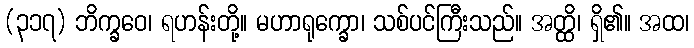
(၃၁၇) ဘိက္ခဝေ၊ ရဟန်းတို့။ မဟာရုက္ခော၊ သစ်ပင်ကြီးသည်။ အတ္ထိ၊ ရှိ၏။ အထ၊